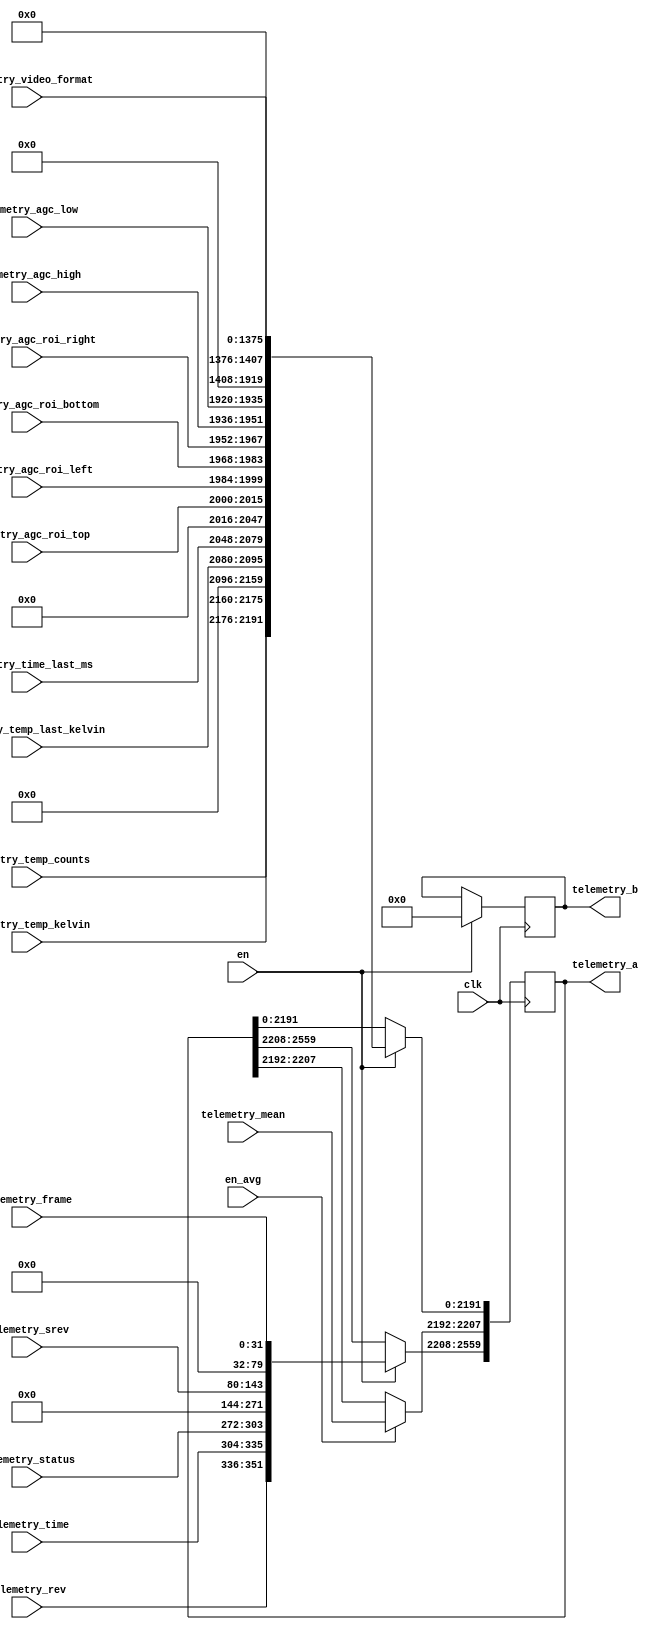
// This program was cloned from: https://github.com/Elphel/x393
// License: GNU General Public License v3.0

/*!
 * <b>Module:</b> simul_lwir160x120_telemetry
 * @file simul_lwir160x120_telemetry.v
 * @date 2019-04-01  
 * @author Andrey Filippov
 *     
 * @brief Combine telemetry data into vospi packet payload
 *
 * @copyright Copyright (c) 2019 Elphel, Inc.
 *
 * <b>License </b>
 *
 * simul_lwir160x120_telemetry.v is free software; you can redistribute it and/or modify
 * it under the terms of the GNU General Public License as published by
 * the Free Software Foundation, either version 3 of the License, or
 * (at your option) any later version.
 *
 * simul_lwir160x120_telemetry.v is distributed in the hope that it will be useful,
 * but WITHOUT ANY WARRANTY; without even the implied warranty of
 * MERCHANTABILITY or FITNESS FOR A PARTICULAR PURPOSE.  See the
 * GNU General Public License for more details.
 *
 * You should have received a copy of the GNU General Public License
 * along with this program.  If not, see <http://www.gnu.org/licenses/> .
 *
 * Additional permission under GNU GPL version 3 section 7:
 * If you modify this Program, or any covered work, by linking or combining it
 * with independent modules provided by the FPGA vendor only (this permission
 * does not extend to any 3-rd party modules, "soft cores" or macros) under
 * different license terms solely for the purpose of generating binary "bitstream"
 * files and/or simulating the code, the copyright holders of this Program give
 * you the right to distribute the covered work without those independent modules
 * as long as the source code for them is available from the FPGA vendor free of
 * charge, and there is no dependence on any encrypted modules for simulating of
 * the combined code. This permission applies to you if the distributed code
 * contains all the components and scripts required to completely simulate it
 * with at least one of the Free Software programs.
 */
`timescale 1ns/1ps

module  simul_lwir160x120_telemetry(
    input                   clk,
    input                   en,     // write all telemetry, but average
    input                   en_avg, // write frame average (may be simultaneous)
    // telemetry data
    input            [15:0] telemetry_rev,
    input            [31:0] telemetry_time,
    input            [31:0] telemetry_status,
    input            [63:0] telemetry_srev,
    input            [31:0] telemetry_frame,
    input            [15:0] telemetry_mean,
    input            [15:0] telemetry_temp_counts,
    input            [15:0] telemetry_temp_kelvin,
    input            [15:0] telemetry_temp_last_kelvin,
    input            [31:0] telemetry_time_last_ms,
    input            [15:0] telemetry_agc_roi_top,
    input            [15:0] telemetry_agc_roi_left,
    input            [15:0] telemetry_agc_roi_bottom,
    input            [15:0] telemetry_agc_roi_right,
    input            [15:0] telemetry_agc_high,
    input            [15:0] telemetry_agc_low,
    input            [31:0] telemetry_video_format, //???
    output reg [160*16-1:0] telemetry_a,
    output reg [160*16-1:0] telemetry_b
);
    always @(posedge clk) if (en) begin
        telemetry_a <= {
            telemetry_rev             [15:0],  // word   0
            telemetry_time            [31:0],  // words  1.. 2
            telemetry_status          [31:0],  // words  3.. 4
            {8{16'b0}},                        // words  5..12
            telemetry_srev            [63:0],  // words 13..16
            {3{16'b0}},                        // words 17..19
            telemetry_frame           [31:0],  // words 20..21
            en_avg?telemetry_mean[15:0]:telemetry_a[(159-22)*16 +: 16], // words 22
            telemetry_temp_counts     [15:0],  // words 23
            telemetry_temp_kelvin     [15:0],  // words 24
            {4{16'b0}},                        // words 25..28
            telemetry_temp_last_kelvin[15:0],  // words 29
            telemetry_time_last_ms    [31:0],  // words 30..31
            {2{16'b0}},                        // words 32..33
            telemetry_agc_roi_top     [15:0],  // words 34
            telemetry_agc_roi_left    [15:0],  // words 35
            telemetry_agc_roi_bottom  [15:0],  // words 36
            telemetry_agc_roi_right   [15:0],  // words 37
            telemetry_agc_high        [15:0],  // words 38
            telemetry_agc_low         [15:0],  // words 39
            {32{16'b0}},                       // words 40..71
            telemetry_video_format    [31:0],  // words 72..73
            {86{16'b0}}                        // words 74..159
        };
        telemetry_b <= 0;
    end else if (en_avg) begin
        telemetry_a[(159-22)*16 +: 16] <= telemetry_mean[15:0];
    end 
    

endmodule